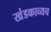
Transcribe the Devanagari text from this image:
खंडकाव्यच